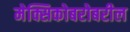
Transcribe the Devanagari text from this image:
मेक्सिकोबरोबरील